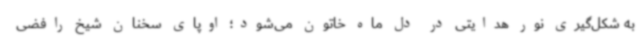
به شکل‌گیری نور هدایتی در دل ماه‌ خاتون می‌شود؛ اوپای سخنان شیخ رافضی